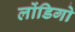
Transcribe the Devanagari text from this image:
लोंडिगो